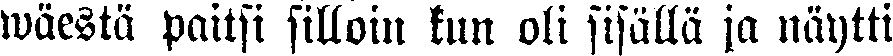
wäestä paitsi silloin kun oli sisällä ja näytti